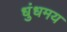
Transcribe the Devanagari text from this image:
धुंधमय